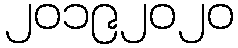
၂၀၁၉၂၀၂၀